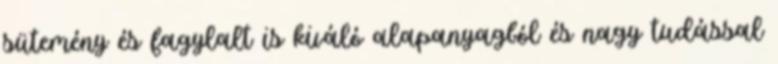
sütemény és fagylalt is kiváló alapanyagból és nagy tudással